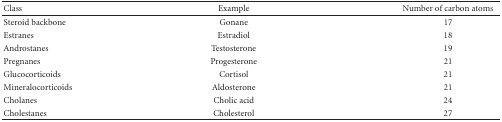
<table><thead><tr><td><b>Class</b></td><td><b>Example</b></td><td><b>Number of carbon atoms</b></td></tr></thead><tbody><tr><td>Steroid backbone</td><td>Gonane</td><td>17</td></tr><tr><td>Estranes</td><td>Estradiol</td><td>18</td></tr><tr><td>Androstanes</td><td>Testosterone</td><td>19</td></tr><tr><td>Pregnanes</td><td>Progesterone</td><td>21</td></tr><tr><td>Glucocorticoids</td><td>Cortisol</td><td>21</td></tr><tr><td>Mineralocorticoids</td><td>Aldosterone</td><td>21</td></tr><tr><td>Cholanes</td><td>Cholic acid</td><td>24</td></tr><tr><td>Cholestanes</td><td>Cholesterol</td><td>27</td></tr></tbody></table>